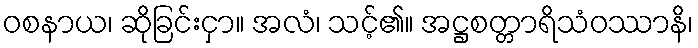
ဝစနာယ၊ ဆိုခြင်းငှာ။ အလံ၊ သင့်၏။ အဋ္ဌစတ္တာရိသံဝဿာနိ၊